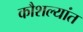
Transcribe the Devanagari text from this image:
कौशल्यांत